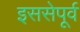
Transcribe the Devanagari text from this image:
इससेपूर्व